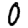
Digit: 0